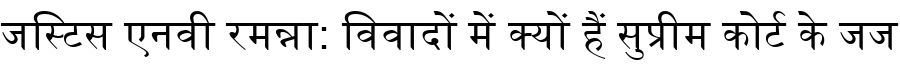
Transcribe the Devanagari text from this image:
जस्टिस एनवी रमन्ना: विवादों में क्यों हैं सुप्रीम कोर्ट के जज